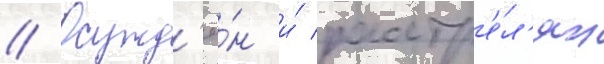
// Осужд'ё́н и́ расстр'е́л'ян